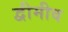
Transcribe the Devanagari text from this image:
द्वीमीव